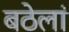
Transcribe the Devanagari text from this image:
बठेलां